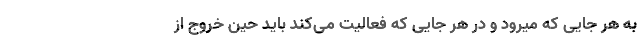
به هر جایی که میرود و در هر جایی که فعالیت می‌کند باید حین خروج از